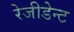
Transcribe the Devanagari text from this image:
रेजीडेन्ट